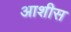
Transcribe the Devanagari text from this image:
आशीस